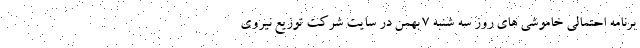
برنامه احتمالی خاموشی های روز سه شنبه ۷ بهمن در سایت شرکت توزیع نیروی